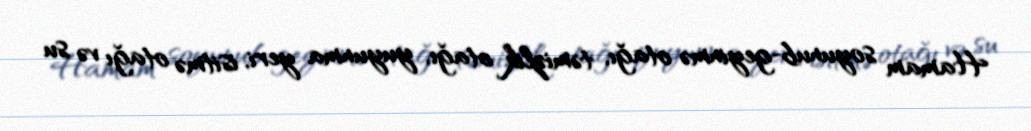
Hamam soyunub-geyinmə otağı, təmizlik otağı, yuyunma yeri, isitmə otağı və su